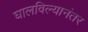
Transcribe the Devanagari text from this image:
घालविल्यानंतर